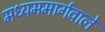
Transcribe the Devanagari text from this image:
मध्यममार्गवाले